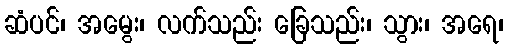
ဆံပင်၊ အမွေး၊ လက်သည်း ခြေသည်း၊ သွား၊ အရေ၊